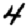
Digit: 4